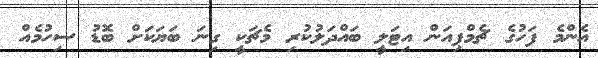
އެންމެ ފަހުގެ ޗެމްޕިއަން އިޓަލީ ބައްދަލުކުރި މެޗަކީ ގިނަ ބަޔަކަށް ބޮޑު ސިހުމެއް